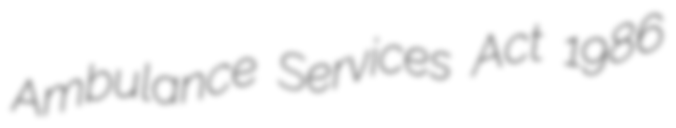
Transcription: Ambulance Services Act 1986